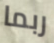
ربما